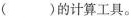
( )的计算工具。